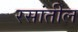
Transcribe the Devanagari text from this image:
रसांतील